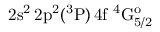
\mathrm { 2 s ^ { 2 } \, 2 p ^ { 2 } ( ^ { 3 } P ) \, 4 f ~ ^ { 4 } G _ { 5 / 2 } ^ { o } }